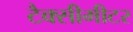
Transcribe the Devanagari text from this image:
टैक्सीमीटर